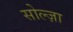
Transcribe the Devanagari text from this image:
सोल्ज़ा